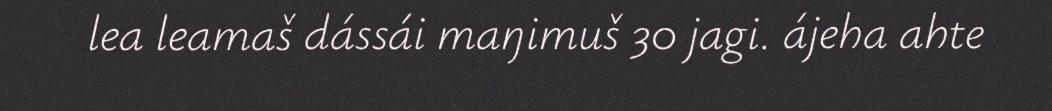
lea leamaš dássái maŋimuš 30 jagi. ájeha ahte